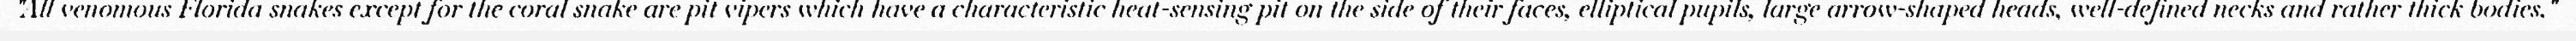
"All venomous Florida snakes except for the coral snake are pit vipers which have a characteristic heat-sensing pit on the side of their faces, elliptical pupils, large arrow-shaped heads, well-defined necks and rather thick bodies."